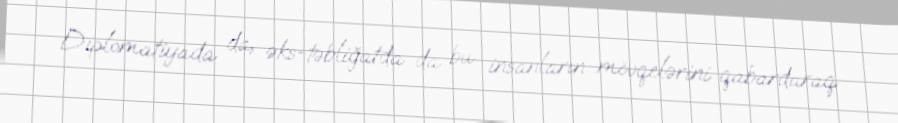
Diplomatiyada da, əks-təbliğatda da bu insanların mövqelərini qabardaraq